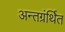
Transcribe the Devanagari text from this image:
अन्‍तग्रंर्थित